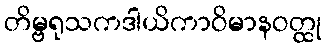
တိမ္ဗရုသကဒါယိကာဝိမာနဝတ္ထု